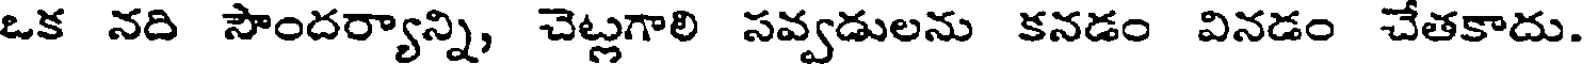
ఒక నది సౌందర్యాన్ని, చెట్లగాలి సవ్వడులను కనడం వినడం చేతకాదు.